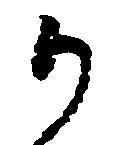
か